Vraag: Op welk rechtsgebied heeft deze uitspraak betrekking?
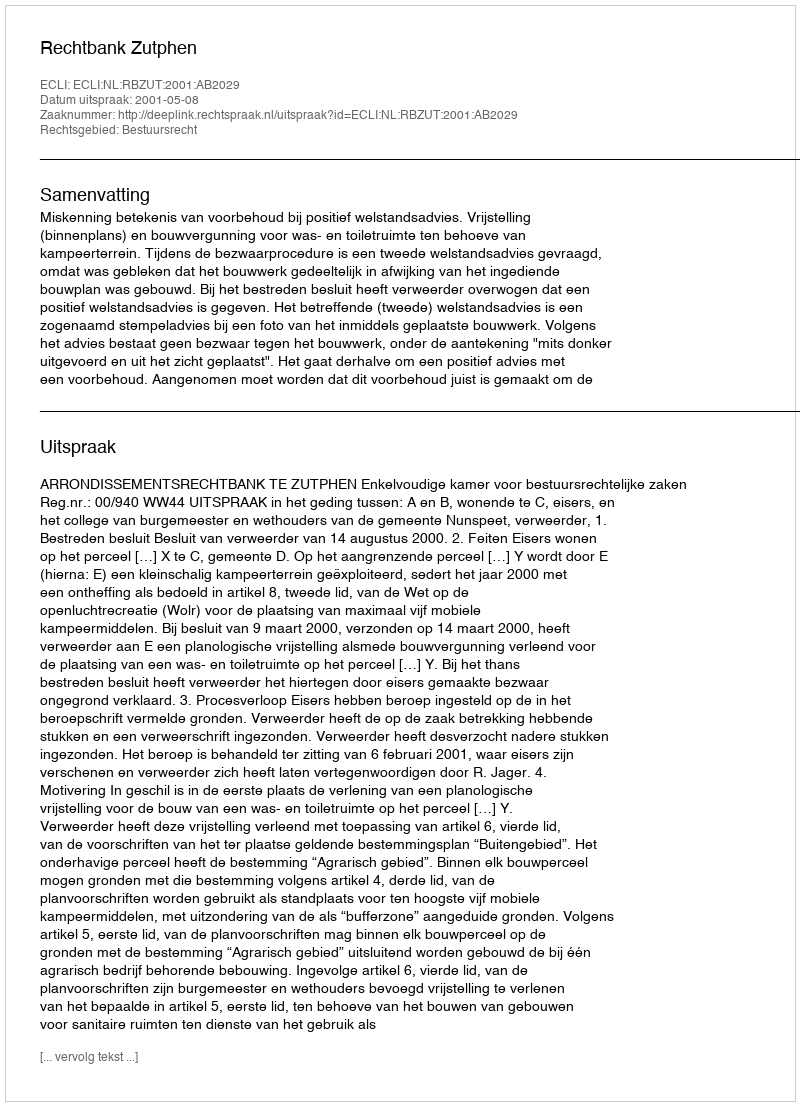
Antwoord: Bestuursrecht